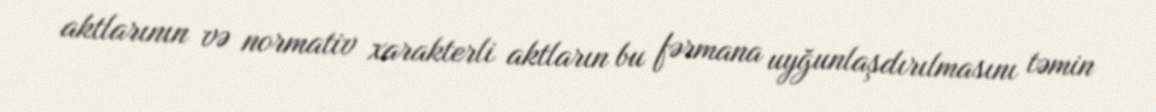
aktlarının və normativ xarakterli aktların bu fərmana uyğunlaşdırılmasını təmin